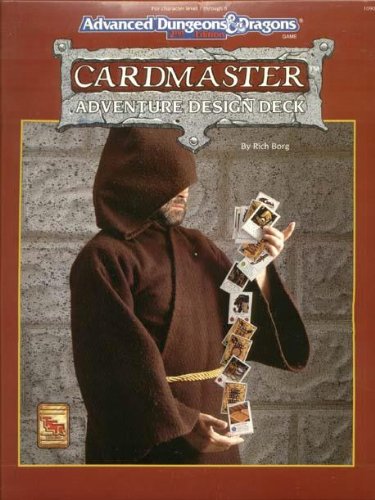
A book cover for Cardmaster Adventure Design Deck (Advanced Dungeons and Dragons Game); Rich Borg; Science Fiction & Fantasy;